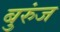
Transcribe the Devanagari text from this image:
बुरुंज